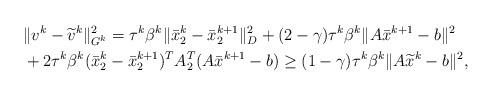
LaTeX: \begin{align*}\begin{aligned}&\|v^k-\widetilde{v}^k\|^2_{G^k}=\tau^k\beta^k\|\bar{x}_2^k-\bar{x}_2^{k+1}\|^2_{D}+(2-\gamma)\tau^k\beta^k\|A\bar{x}^{k+1}-b\|^2\\&+2\tau^k\beta^k(\bar{x}_2^k-\bar{x}_2^{k+1})^TA_2^T(A\bar{x}^{k+1}-b)\geq(1-\gamma)\tau^k\beta^k\|A\widetilde{x}^k-b\|^2,\end{aligned}\end{align*}